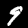
Digit: 9